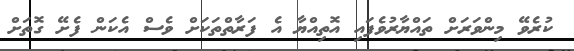
ކުރެވޭ މިންވަރަށް ތައްޔާރުވެފައި އޮތިއްޔާ އެ ފަރާތްތަކަށް ވެސް އެކަން ފެށޭ ގޮތަށް